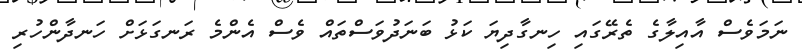
ނަމަވެސް އާއިލާގެ ތެރޭގައި ހިނގާދިޔަ ކަޅު ބަނަދުވަސްތައް ވެސް އެންމެ ރަނގަޅަށް ހަނދާންހުރި